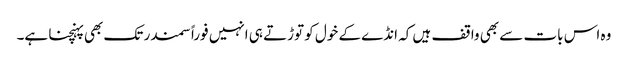
وہ اس بات سے بھی واقف ہیں کہ انڈے کے خول کو توڑتے ہی انہیں فوراً سمندر تک بھی پہنچنا ہے۔